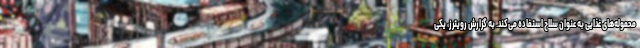
محموله‌های غذایی به عنوان سلاح استفاده می‌کند. به گزارش رویترز، یکی